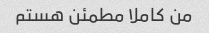
من کاملا مطمئن هستم